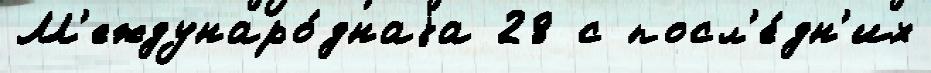
М'еждунаро́днаjа 28 с посл'е́дн'их